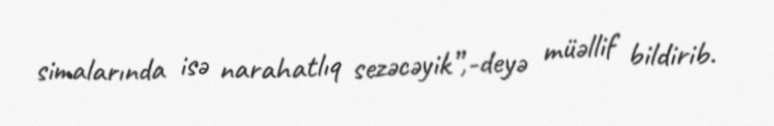
simalarında isə narahatlıq sezəcəyik”,-deyə müəllif bildirib.